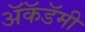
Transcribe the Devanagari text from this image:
अॅकॅडॅमी